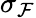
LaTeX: \sigma_{\mathcal{F}}